画像に写った文字を読んでください
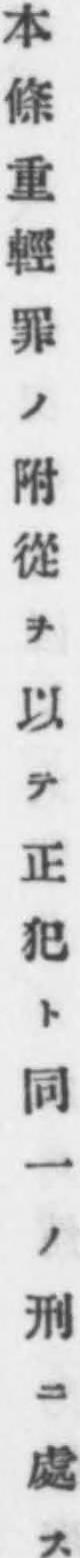
「本條重輕罪ノ附從ヲ以テ正犯ト同一ノ刑ニ處ス」と書いてあります